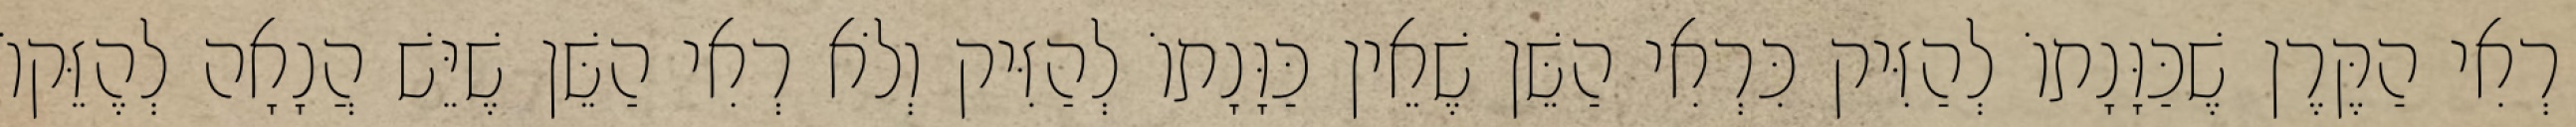
רְאִי הַקֶּרֶן שֶׁכַּוָּנָתוֹ לְהַזִּיק כִּרְאִי הַשֵּׁן שֶׁאֵין כַּוָּנָתוֹ לְהַזִּיק וְלֹא רְאִי הַשֵּׁן שֶׁיֵּשׁ הֲנָאָה לְהֶזֵּקוֹ